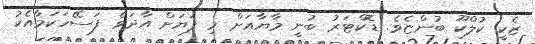
ޒެކީ ކުލްކޫ ބުންޏެވެ. ޑޮކްޓަރު ބުނީ މާޔާއަށް މި ފަޔަށް އާދަވެ ފަސޭހަކަމާއެކު